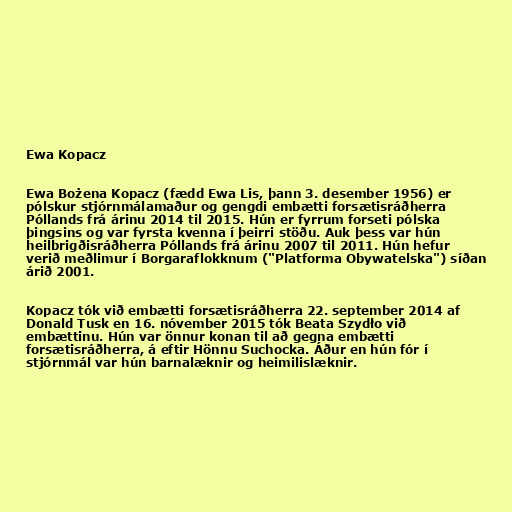
Ewa Kopacz

Ewa Bożena Kopacz (fædd Ewa Lis, þann 3. desember 1956) er
pólskur stjórnmálamaður og gengdi embætti forsætisráðherra
Póllands frá árinu 2014 til 2015. Hún er fyrrum forseti pólska
þingsins og var fyrsta kvenna í þeirri stöðu. Auk þess var hún
heilbrigðisráðherra Póllands frá árinu 2007 til 2011. Hún hefur
verið meðlimur í Borgaraflokknum ("Platforma Obywatelska") síðan
árið 2001.

Kopacz tók við embætti forsætisráðherra 22. september 2014 af
Donald Tusk en 16. nóvember 2015 tók Beata Szydło við
embættinu. Hún var önnur konan til að gegna embætti
forsætisráðherra, á eftir Hönnu Suchocka. Áður en hún fór í
stjórnmál var hún barnalæknir og heimilislæknir.